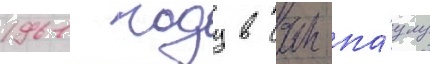
1961 году в сан-па́улу